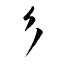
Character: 彡